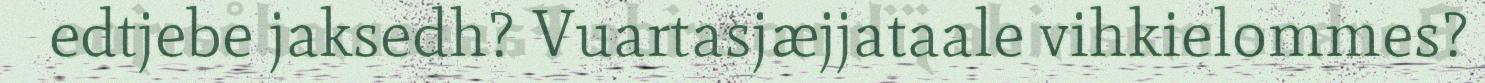
edtjebe jaksedh? Vuartasjæjjataale vihkielommes?